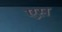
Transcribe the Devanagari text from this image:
एस़